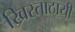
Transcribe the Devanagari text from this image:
ख्रिस्ताठायी